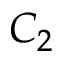
C _ { 2 }